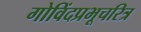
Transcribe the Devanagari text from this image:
गोविंदप्रभूचरित्र